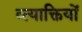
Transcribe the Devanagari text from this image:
व्त्याक्तियों